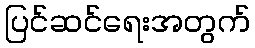
ပြင်ဆင်ရေးအတွက်